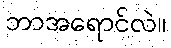
ဘာအရောင်လဲ။